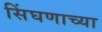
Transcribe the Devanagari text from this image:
सिंघणाच्या